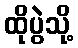
ထိုပွဲသို့